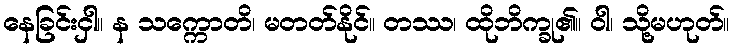
နေခြင်းငှါ။ န သက္ကောတိ၊ မတတ်နိုင်။ တဿ၊ ထိုဘိက္ခု၏။ ဝါ၊ သို့မဟုတ်။